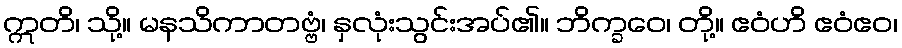
ဣတိ၊ သို့။ မနသိကာတဗ္ဗံ၊ နှလုံးသွင်းအပ်၏။ ဘိက္ခဝေ၊ တို့။ ဧဝံဟိ ဧဝံဧဝ၊